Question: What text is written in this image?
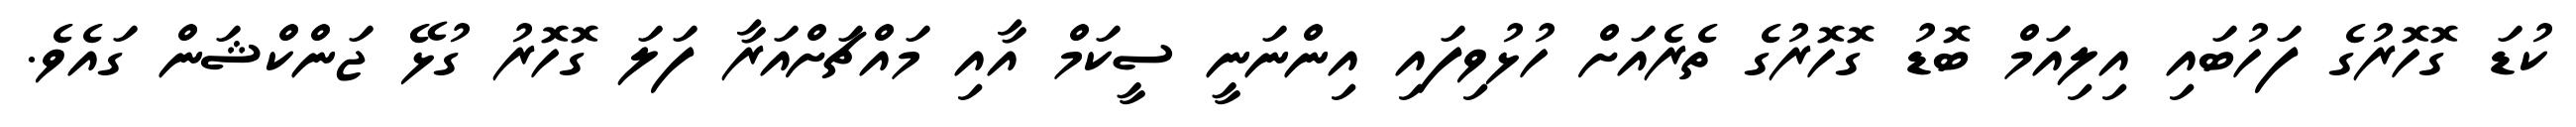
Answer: ކުޑަ ގޮހޮރުގެ ފަހުބައި އިލިއަމް ބޮޑު ގޮހޮރުގެ ތެރެއަށް ހުޅުވިފައި އިންނަނީ ސީކަމް އާއި މައްޗަށްއަރާ ފަލަ ގޮހޮރު ގުޅޭ ޖަންކްޝަން ގައެވެ.